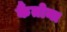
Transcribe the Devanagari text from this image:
कैंतोना